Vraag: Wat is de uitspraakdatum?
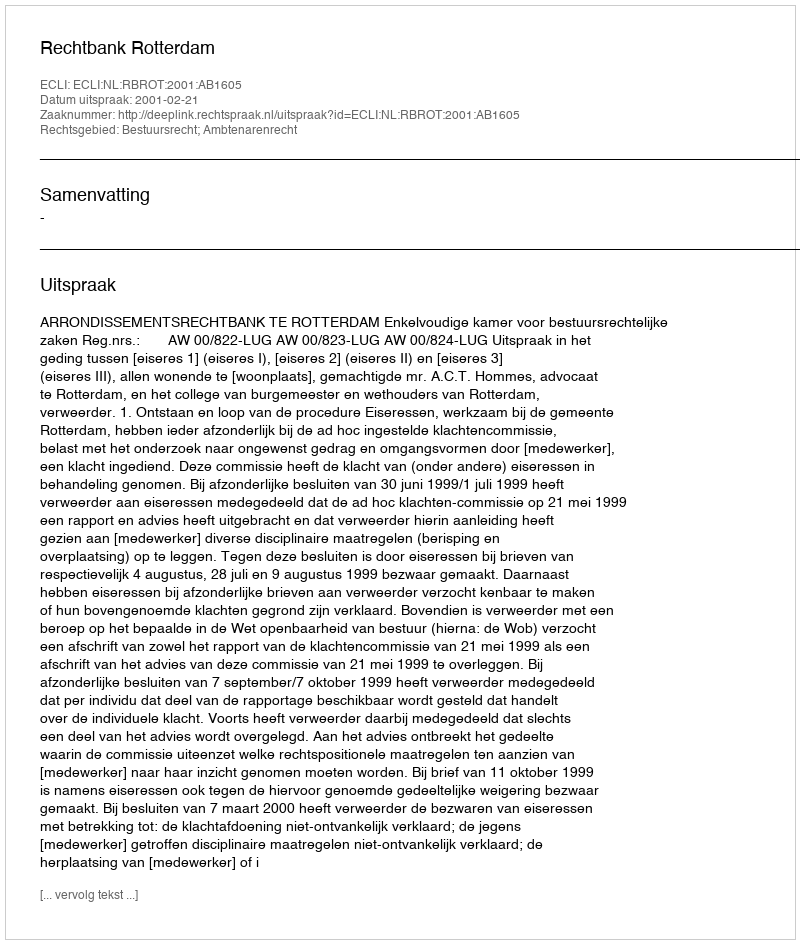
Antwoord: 2001-02-21